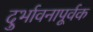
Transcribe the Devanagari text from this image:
दुर्भावनापूर्वक